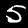
Digit: 5